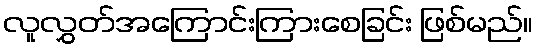
လူလွှတ်အကြောင်းကြားစေခြင်း ဖြစ်မည်။